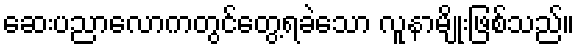
ဆေးပညာလောကတွင်တွေ့ရခဲသော လူနာမျိုးဖြစ်သည်။